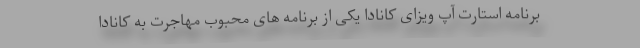
برنامه استارت آپ ویزای کانادا یکی از برنامه های محبوب مهاجرت به کانادا